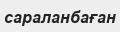
сараланбаған